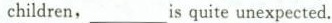
children,____is quite unexpected.